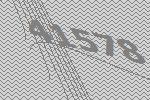
41578